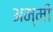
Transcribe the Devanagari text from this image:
अम्मी